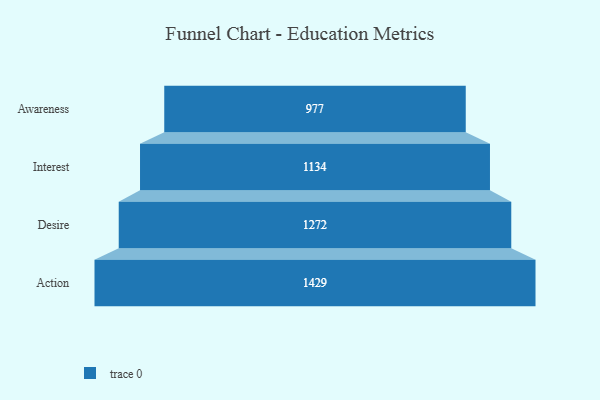
{"axis": {"x": "Stage", "y": "Value"}, "legend": [""], "data": [{"x": "Awareness", "y": 977.0, "type": ""}, {"x": "Interest", "y": 1134.0, "type": ""}, {"x": "Desire", "y": 1272.0, "type": ""}, {"x": "Action", "y": 1429.0, "type": ""}]}